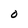
Character: O